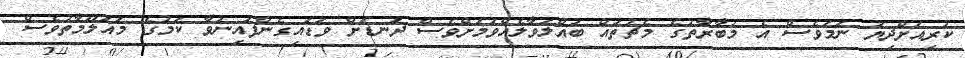
ކުރިއަށްދިޔަ ނަމަވެސް އެ މުބާރާތުގެ މެޗުތައް ބައްލަވާލެއްވުމަށްވެސް ދަނޑަށް ވަޑައިގެންފައިނުވާ ކަމުގެ މައުލޫމާތުވެސް